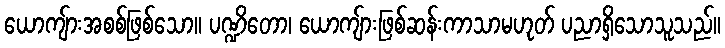
ယောကျ်ားအစစ်ဖြစ်သော။ ပဏ္ဍိတော၊ ယောကျ်ားဖြစ်ဆန်းကာသာမဟုတ် ပညာရှိသောသူသည်။